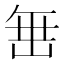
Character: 𮉰